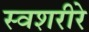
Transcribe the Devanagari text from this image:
स्वशरीरे